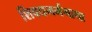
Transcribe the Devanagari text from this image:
शिवधमर्मगाथा